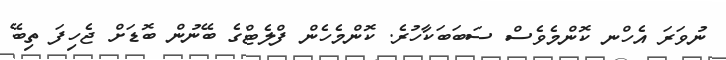
ނުވަރަ އެހްނ ކޮންމެވެސް ސަބަބަކާހުރެ. ކޮންމެހެން ފްލެޓްގެ ބޭނުން ބޮޑަށް ޖެހިފަ ތިބޭ